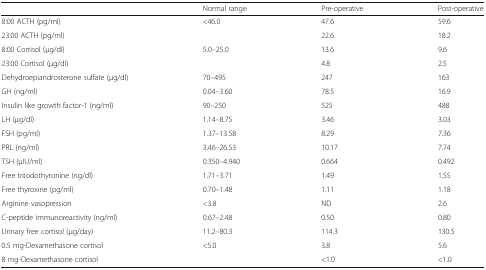
|  | Normal range | Pre-operative | Post-operative |
 | --- | --- | --- | --- |
 | 8:00 ACTH (pg/ml) | <46.0 | 47.6 | 59.6 |
 | 23:00 ACTH (pg/ml) |  | 22.6 | 18.2 |
 | 8:00 Cortisol (μg/dl) | 5.0–25.0 | 13.6 | 9.6 |
 | 23:00 Cortisol (μg/dl) |  | 4.8 | 2.5 |
 | Dehydroepiandrosterone sulfate (μg/dl) | 70–495 | 247 | 163 |
 | GH (ng/ml) | 0.04–3.60 | 78.5 | 16.9 |
 | Insulin like growth factor-1 (ng/ml) | 90–250 | 525 | 488 |
 | LH (μg/dl) | 1.14–8.75 | 3.46 | 3.03 |
 | FSH (pg/ml) | 1.37–13.58 | 8.29 | 7.36 |
 | PRL (ng/ml) | 3.46–26.53 | 10.17 | 7.74 |
 | TSH (μIU/ml) | 0.350–4.940 | 0.664 | 0.492 |
 | Free triiodothyronine (ng/dl) | 1.71–3.71 | 1.49 | 1.55 |
 | Free thyroxine (pg/ml) | 0.70–1.48 | 1.11 | 1.18 |
 | Arginine vasopression | <3.8 | ND | 2.6 |
 | C-peptide immunoreactivity (ng/ml) | 0.67–2.48 | 0.50 | 0.80 |
 | Urinary free cortisol (μg/day) | 11.2–80.3 | 114.3 | 130.5 |
 | 0.5 mg-Dexamethasone cortisol | <5.0 | 3.8 | 5.6 |
 | 8 mg-Dexamethasone cortisol |  | <1.0 | <1.0 |